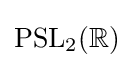
{\text{PSL}}_{2}(\mathbb {R} )